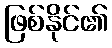
ဖြစ်နိုင်၏